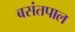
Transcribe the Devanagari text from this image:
बसंतपाल